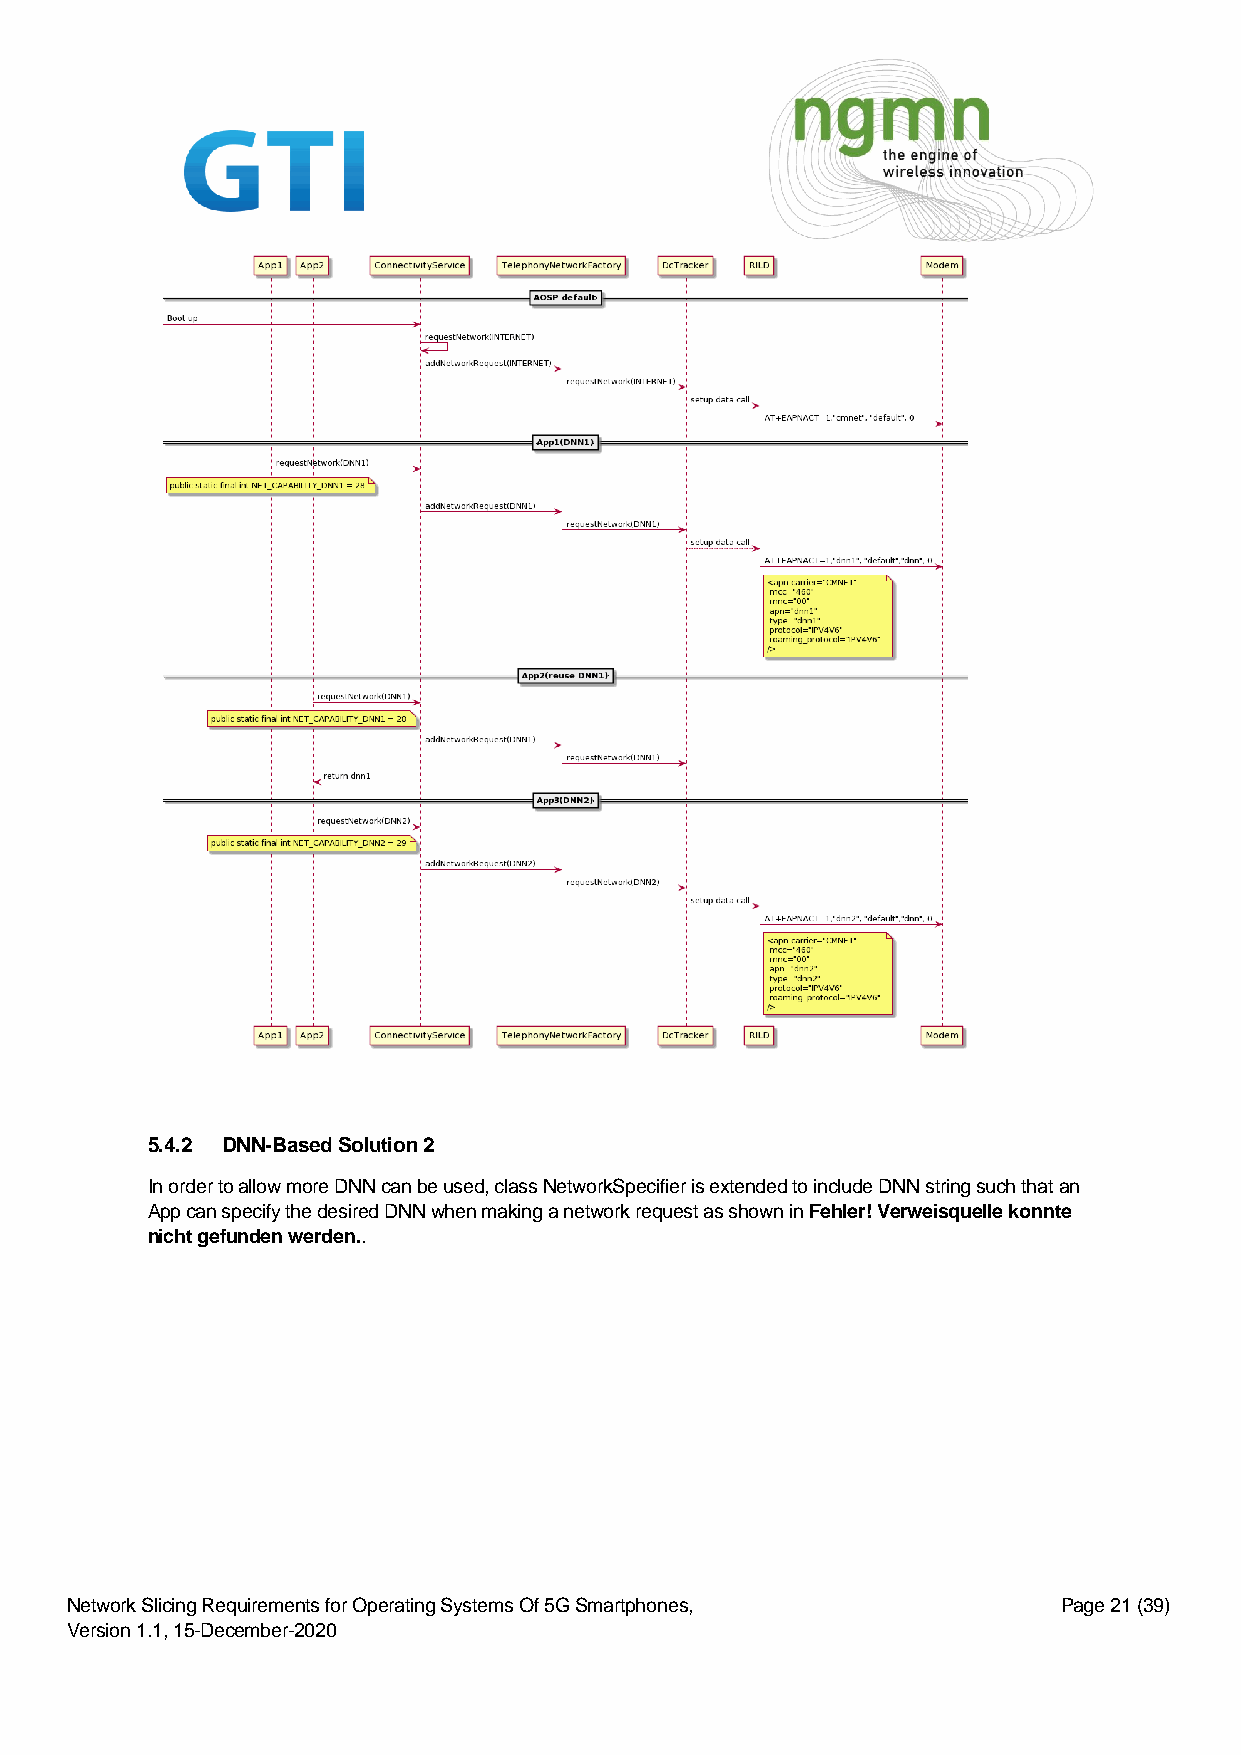
5.4.2 DNN-Based Solution 2
 In order to allow more DNN can be used, class NetworkSpecifier is extended to include DNN string such that an
 App can specify the desired DNN when making a network request as shown in Fehler! Verweisquelle konnte
 nicht gefunden werden..
 Network Slicing Requirements for Operating Systems Of 5G Smartphones, Page 21 (39)
 Version 1.1, 15-December-2020